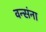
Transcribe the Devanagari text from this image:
वन्संना